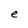
Character: e